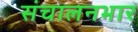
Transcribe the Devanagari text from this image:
संचालनभार